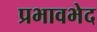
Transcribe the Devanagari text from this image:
प्रभावभेद